Rouma_(Piirsalu)_vallavalitsus, lk 4
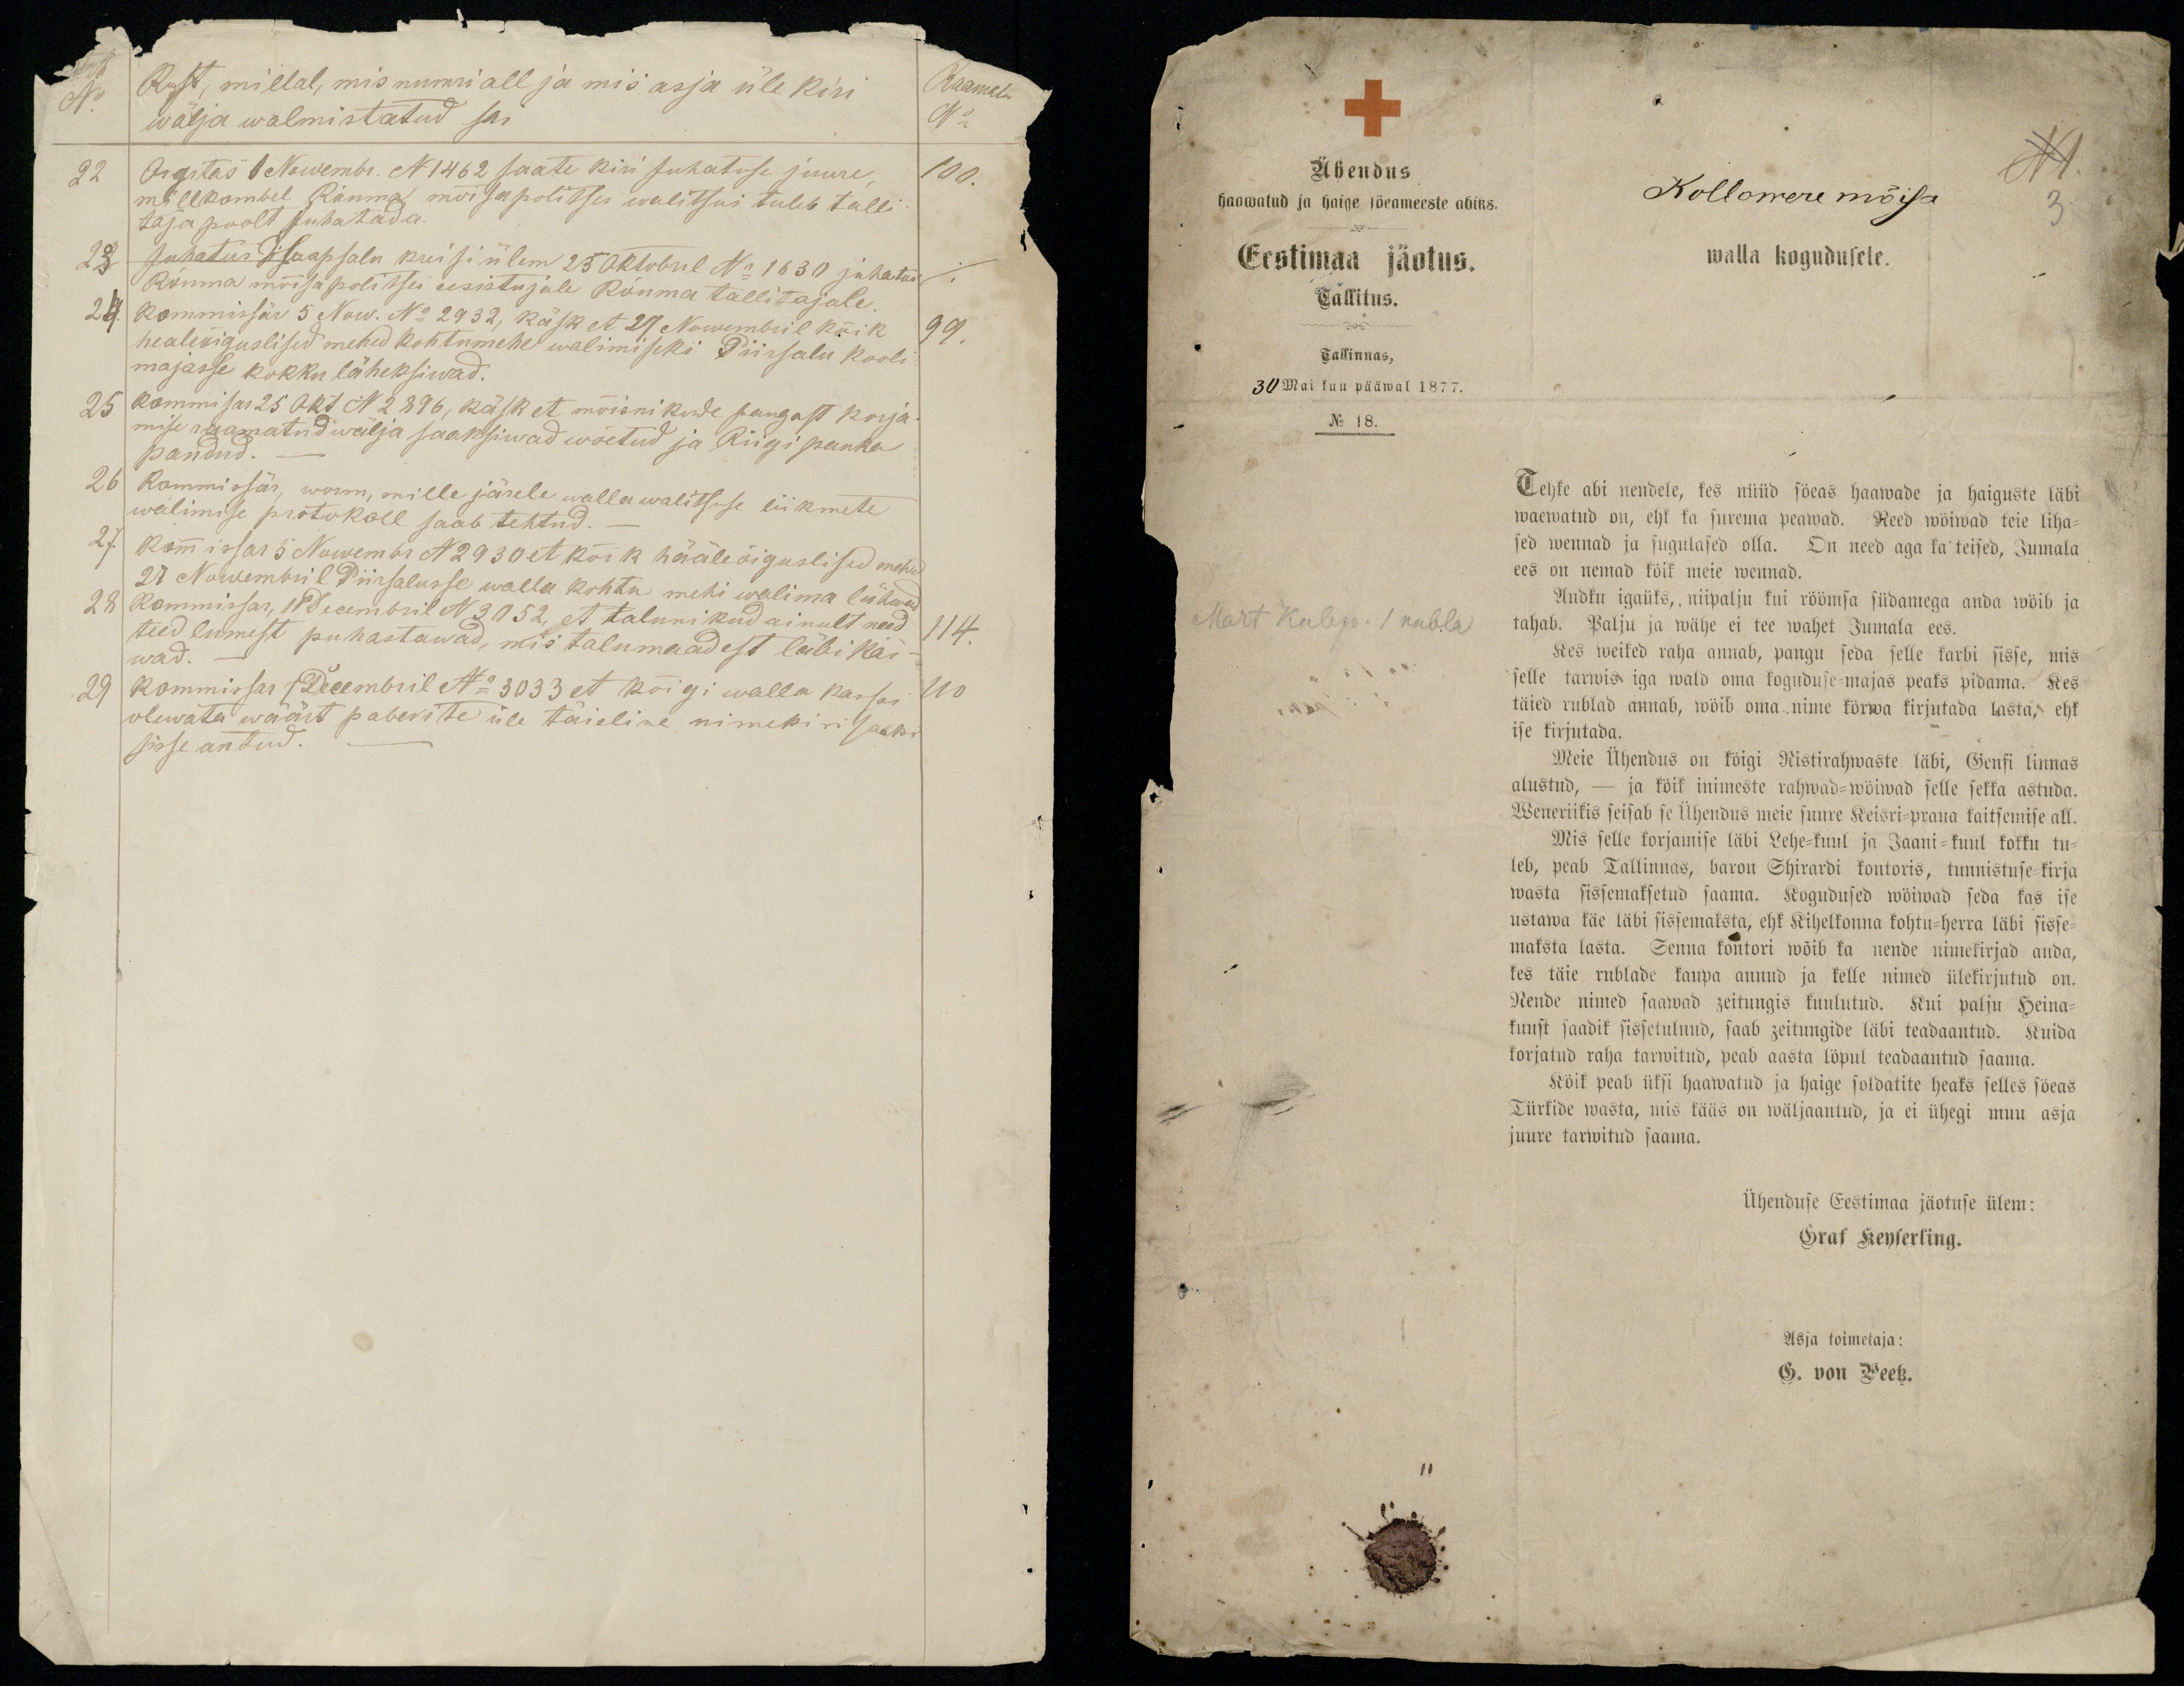
No
Kust, millal, mis numri all ja mis asja üle kiri
wälja walmistatud sai
Raamatu
No
22
Orgrtas 1 Nowembr. N 1462 saate kiri Juhatuse juure
100.
millkombel Rõuma mõisa politsei walitsus tuleb talli
taja poolt juhatada.
23 Juhatus Haapsalu kreisi ülem 25 oktobril No 1630 juhatus
Rõuma mõisa politsei eesistujale Rõuma tallitajale
24. Kommissär 5 Now. No 2932, käsk et 27 Nowembril kõik
healeõiguslised mehed kohtumehe walimiseks Piirsalu kooli
99.
majasse kokku läheksiwad.
25 kommisar 25 Okt N 2896, käsk et mõisnikude pangast korja
mise raamatud wälja saaksiwad wõetud ja Riigi panka
pandud.
26 Kommissar, worm, mille järele wallawalitsuse liikmete
walimise protokoll saab tehtud.
27 kommissar 5 Nowembr N 2930 et kõik hääleõigulised mehed
27 Nowembril Piirsalusse walla kohtu mehi walima lähwad
28 Kommissar, 18 Decembril N 3052, et talunikud ainult need
114
wad. -
teed lumest puhastawad, mis talumaadest läbi käi-
29 Kommissar 7 Decembril No 3033 et kõigi walla kassas
110
olewata wäärt paberite üle täieline nimekiri saaks
sisse antud

Ühendus
haawatud ja haige söeameeste abiks.
Kollowere mõisa
3.
Eestimaa jäotus.
walla kogudusele.
Tallitus.
Tallinnas,
30 Mai kuu pääwal 1877.
No 18.
Tehke abi nendele, kes nüüd söeas haawade ja haiguste läbi
waewatud on, ehk ka surema peawad. Need wõiwad teie liha-
sed wennad ja sugulased olla. On need aga ka teised, Jumala
ees on nemad köik meie wennad.
Mart Kalep 1 rubla
Andku igaüks, niipalju kui röömsa südamega anda wöib ja
tahab. Palju ja wähe ei tee wahet Jumala ees.
Kes weiked raha annab, pangu seda selle karbi sisse, mis
selle tarwis iga wald oma koguduse-majas peaks pidama. Kes
täied rublad annab, wöib oma nime körwa kirjutada lasta, ehk
ise kirjutada.
Meie Ühendus on köigi Ristirahwaste läbi, Genfi linnas
alustud, -  ka kõik inimeste rahwad-wöiwad selle sekka astuda.
Weneriikis seisab se Ühendus meie suure Keisri-proua kaitsemise all.
Mis selle korjamise läbi Lehe-kuul ja Jaani-kuul kokku tu-
leb, peab Tallinnas, baron Shirardi kontoris, tunnistuse kirja
wasta sissemaksetud saama. Kogudused wõiwad seda kas ise
ustawa käe läbi sissemaksta, ehk Kihelkonna kohtu-herra lädi sisse-
maksta lasta. Senna kontori wõib ka nende nimekirjad anda,
kes täie rublade kaupa annud ja kelle nimed ülekirjutud on.
Nende nimed saawad zeitungis kuulutud. Kui palju Heina-
kuust saadik sissetulnud, saab zeitungide läbi teadaantud. Kuida
korjatud raha tarwitud, peab aasta löpul teadaantud saama.
Köik peab üksi haawatud ja haige soldatite heaks selles söeas
Türkide wasta, mis kääs on wäljaantud, ja ei ühegi muu asja
juure tarwitud saama.
Ühenduse Eestimaa jäotuse ülem:
Graf Keyserling.
Asja toimetaja:
G. von Peetz.